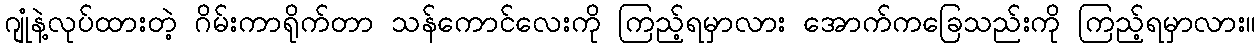
ဂျုံနဲ့လုပ်ထားတဲ့ ဂိမ်းကာရိုက်တာ သန်ကောင်လေးကို ကြည့်ရမှာလား အောက်ကခြေသည်းကို ကြည့်ရမှာလား။